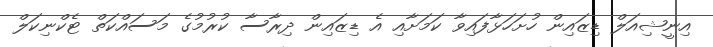
އިނީޝިއަލް ޑިޒައިން ހުށަހަޅާފައިވާ ކަމަށާއި އެ ޑިޒައިން ދިރާސާ ކުރުމުގެ މަސައްކަތް ޓެކްނިކަލް